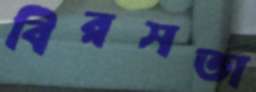
বিরসতা